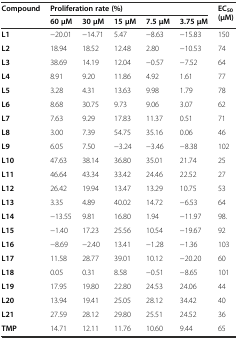
<table><thead><tr><td rowspan="2"><b>Compound</b></td><td colspan="5"><b>Proliferation rate (%)</b></td><td rowspan="2"><b>EC<sub>50</sub>(μM)</b></td></tr><tr><td><b>60 μM</b></td><td><b>30 μM</b></td><td><b>15 μM</b></td><td><b>7.5 μM</b></td><td><b>3.75 μM</b></td></tr></thead><tbody><tr><td><b>L1</b></td><td>−20.01</td><td>−14.71</td><td>5.47</td><td>−8.63</td><td>−15.83</td><td>150</td></tr><tr><td><b>L2</b></td><td>18.94</td><td>18.52</td><td>12.48</td><td>2.80</td><td>−10.53</td><td>74</td></tr><tr><td><b>L3</b></td><td>38.69</td><td>14.19</td><td>12.04</td><td>−0.57</td><td>−7.52</td><td>64</td></tr><tr><td><b>L4</b></td><td>8.91</td><td>9.20</td><td>11.86</td><td>4.92</td><td>1.61</td><td>77</td></tr><tr><td><b>L5</b></td><td>3.28</td><td>4.31</td><td>13.63</td><td>9.98</td><td>1.79</td><td>78</td></tr><tr><td><b>L6</b></td><td>8.68</td><td>30.75</td><td>9.73</td><td>9.06</td><td>3.07</td><td>62</td></tr><tr><td><b>L7</b></td><td>7.63</td><td>9.29</td><td>17.83</td><td>11.37</td><td>0.51</td><td>71</td></tr><tr><td><b>L8</b></td><td>3.00</td><td>7.39</td><td>54.75</td><td>35.16</td><td>0.06</td><td>46</td></tr><tr><td><b>L9</b></td><td>6.05</td><td>7.50</td><td>−3.24</td><td>−3.46</td><td>−8.38</td><td>102</td></tr><tr><td><b>L10</b></td><td>47.63</td><td>38.14</td><td>36.80</td><td>35.01</td><td>21.74</td><td>25</td></tr><tr><td><b>L11</b></td><td>46.64</td><td>43.34</td><td>33.42</td><td>24.46</td><td>22.52</td><td>27</td></tr><tr><td><b>L12</b></td><td>26.42</td><td>19.94</td><td>13.47</td><td>13.29</td><td>10.75</td><td>53</td></tr><tr><td><b>L13</b></td><td>3.35</td><td>4.89</td><td>40.02</td><td>14.72</td><td>−6.53</td><td>64</td></tr><tr><td><b>L14</b></td><td>−13.55</td><td>9.81</td><td>16.80</td><td>1.94</td><td>−11.97</td><td>98.</td></tr><tr><td><b>L15</b></td><td>−1.40</td><td>17.23</td><td>25.56</td><td>10.54</td><td>−19.67</td><td>92</td></tr><tr><td><b>L16</b></td><td>−8.69</td><td>−2.40</td><td>13.41</td><td>−1.28</td><td>−1.36</td><td>103</td></tr><tr><td><b>L17</b></td><td>11.58</td><td>28.77</td><td>39.01</td><td>10.12</td><td>−20.20</td><td>60</td></tr><tr><td><b>L18</b></td><td>0.05</td><td>0.31</td><td>8.58</td><td>−0.51</td><td>−8.65</td><td>101</td></tr><tr><td><b>L19</b></td><td>17.95</td><td>19.80</td><td>22.80</td><td>24.53</td><td>24.06</td><td>44</td></tr><tr><td><b>L20</b></td><td>13.94</td><td>19.41</td><td>25.05</td><td>28.12</td><td>34.42</td><td>40</td></tr><tr><td><b>L21</b></td><td>27.59</td><td>28.12</td><td>29.80</td><td>25.51</td><td>24.52</td><td>36</td></tr><tr><td><b>TMP</b></td><td>14.71</td><td>12.11</td><td>11.76</td><td>10.60</td><td>9.44</td><td>65</td></tr></tbody></table>